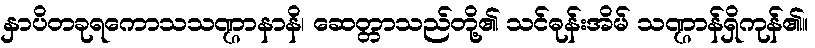
နှာပိတခုရကောသသဏ္ဌာနာနိ၊ ဆေတ္တာသည်တို့၏ သင်ဓုန်းအိမ် သဏ္ဌာန်ရှိကုန်၏။